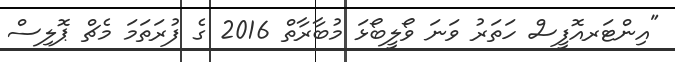
"އިންޓަރއޮފީސް ހަތަރު ވަނަ ވޯލީބޯޅަ މުބާރާތް 2016 ގެ ފުރަތަމަ މެޗް ޕޮލިސް